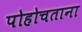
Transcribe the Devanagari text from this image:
पोहोचताना